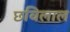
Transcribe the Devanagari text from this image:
छविलाल